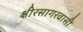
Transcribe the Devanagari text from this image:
क्षीरसागरवासी